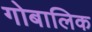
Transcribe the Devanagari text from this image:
गोबालिक